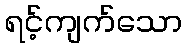
ရင့်ကျက်သော